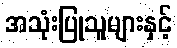
အသုံးပြုသူများနှင့်